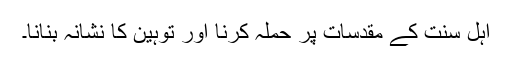
اہل سنت کے مقدسات پر حملہ کرنا اور توہین کا نشانہ بنانا۔